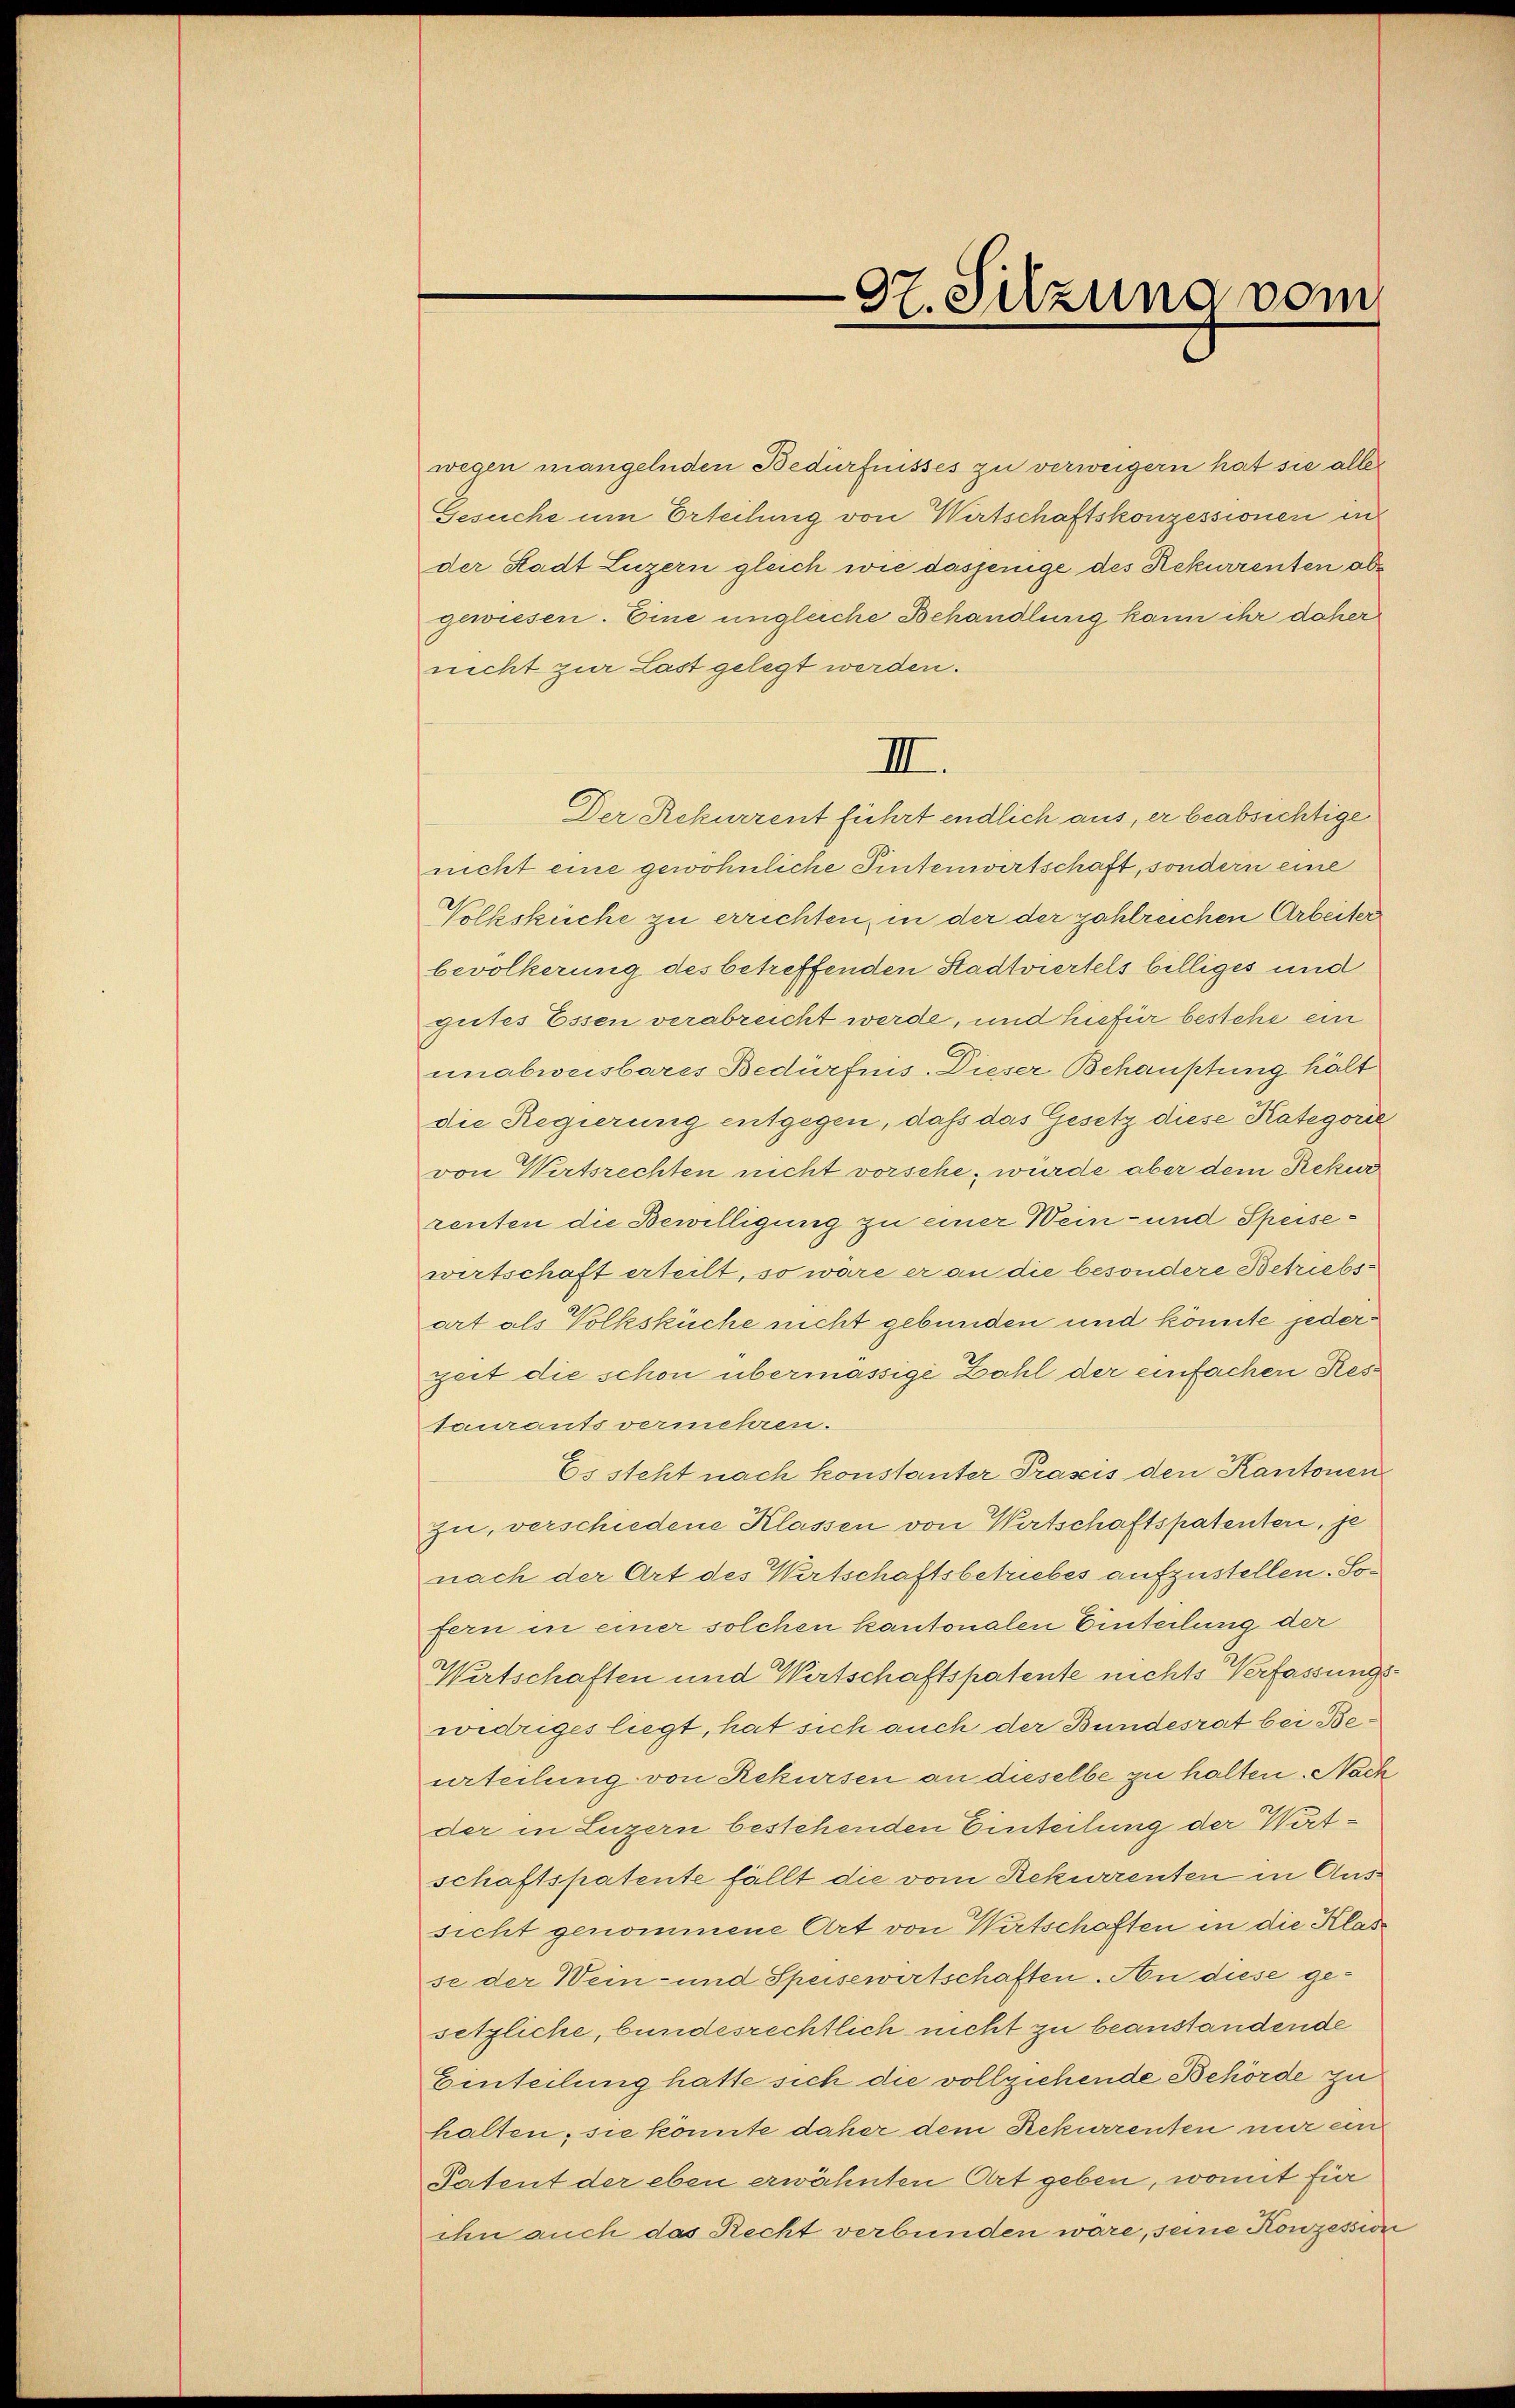
wegen mangelnden Bedürfnisses zu verweigern hat sie alle
Gesuche um Erteilung von Wirtschaftskonzessionen in
der Stadt Luzern gleich wie dasjenige des Rekurrenten obgewiesen. Eine ungleiche Behandlung kann ihr daher
nicht zur Last gelegt werden.
Der Rekurrent führt endlich aus, er beabsichtige
nicht eine gewöhnliche Tintenwirtschaft, sondern eine
Volksküche zu errichten, in der der zahlreichen Arbeiter
bevölkerung des betreffenden Stadtviertels billiges und
gutes Essen verabreicht werde, und hiefür bestehe ein
unabweisbares Bedürfnis. Dieser Behauptung hält
die Regierung entgegen, daß das Gesetz diese Kategorie
von Wertsrechten nicht vorsche, würde aber dem Rekur
renten die Bewilligung zu einer Wein- und Speisewirtschaft erteilt, so wäre er an die besondere Betriebsart als Volksküche nicht gebunden und könnte jederzeit die schon übermässige Zahl der einfachen Restaurants vermehren.
Es steht nach konstanter Präseis den Kantonen
zu, verschiedene Klassen von Wirtschaftspatenter, je
nach der Art des Wirtschaftsbetriebes aufzustellen. Sofern in einer solchen kantonalen Einteilung der
Wirtschaften und Wirtschaftspatente nichts Verfassungswidriges liegt, hat sich auch der Bundesrat bei Beurteilung von Rekursen an dieselbe zu halten. Nach
der in Luzern bestehenden Einteilung der Witschaftspatente fällt die vom Rekurrenten in Aussicht genommene Art von Wirtschaften in die Klasse der Wein- und Speisewirtschaften. An diese gesetzliche, bundesrechtlich nicht zu beanstandende
Einteilung hatte sich die vollziehende Behörde zu
halten, sie könnte daher dem Rekurrenten nur ein
Patent der eben erwähnten Ort geben, womit für
ihn auch das Recht verbunden wäre, seine Konzession

97. Sitzung vom

II.